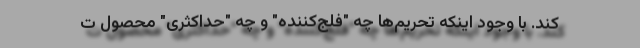
کند. با وجود اینکه تحریم‌ها چه "فلج‌کننده" و چه "حداکثری" محصول ت